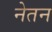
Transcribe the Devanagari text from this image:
नेतन